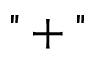
" + "